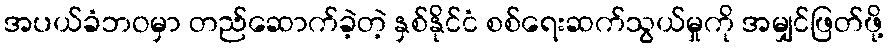
အပယ်ခံဘဝမှာ တည်ဆောက်ခဲ့တဲ့ နှစ်နိုင်ငံ စစ်ရေးဆက်သွယ်မှုကို အမျှင်ဖြတ်ဖို့